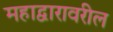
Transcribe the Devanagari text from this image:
महाद्वारावरील